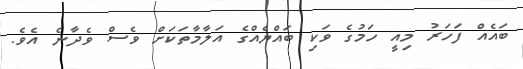
ބައެއް ފަހަރު މިއީ ހަމުގެ ވަކި ބައްޔެއްގެ އަލާމާތަކަށް ވެސް ވެދާނެ އެވެ.